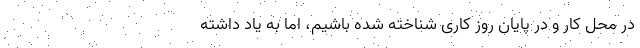
در محل کار و در پایان روز کاری شناخته شده باشیم، اما به یاد داشته